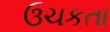
ઉચકતા